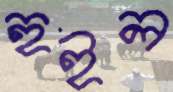
হুইল